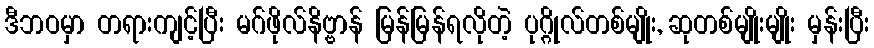
ဒီဘဝမှာ တရားကျင့်ပြီး မဂ်ဖိုလ်နိဗ္ဗာန် မြန်မြန်ရလိုတဲ့ ပုဂ္ဂိုလ်တစ်မျိုး, ဆုတစ်မျိုးမျိုး မှန်းပြီး